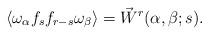
LaTeX: \begin{align*}\langle \omega_\alpha f_sf_{r-s} \omega_\beta \rangle = \vec{W}^r(\alpha,\beta;s).\end{align*}